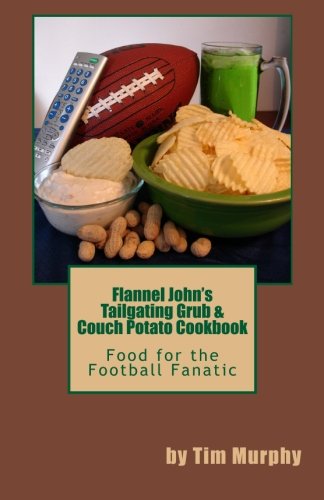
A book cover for Flannel John's Tailgating Grub & Couch Potato Cookbook (Cookbooks for Guys); Tim Murphy; Cookbooks, Food & Wine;